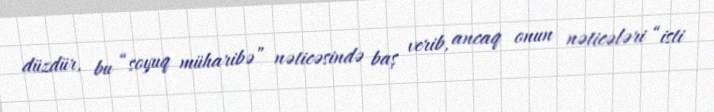
düzdür, bu “soyuq müharibə” nəticəsində baş verib, ancaq onun nəticələri “isti